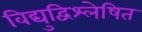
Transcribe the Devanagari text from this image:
विद्युद्विश्लेषित